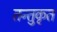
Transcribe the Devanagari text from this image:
तन्तुकृत